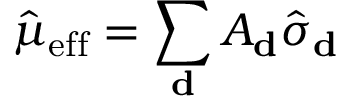
\hat { \mu } _ { \mathrm { e f f } } = \sum _ { \mathbf { d } } A _ { \mathbf { d } } \hat { \sigma } _ { \mathbf { d } }